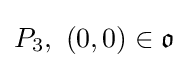
P_{3},\ (0,0)\in {\mathfrak {o}}